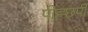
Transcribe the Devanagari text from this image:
पीह्छ्पी